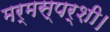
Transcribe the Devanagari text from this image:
मर्मस्पर्शी।